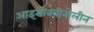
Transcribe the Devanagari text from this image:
आइसोक्वीनोलीन